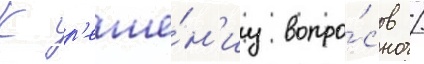
К р'еше́н'иу вопро́сов /